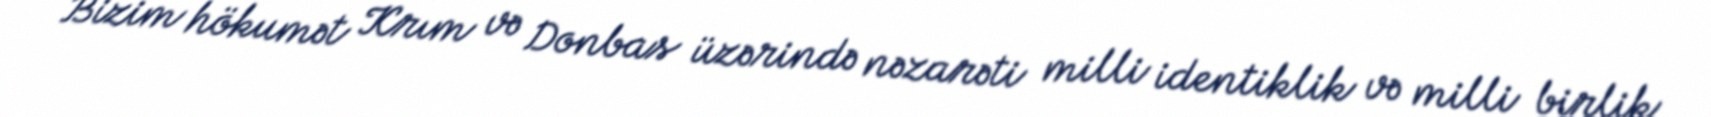
Bizim hökumət Krım və Donbas üzərində nəzarəti milli identiklik və milli birlik